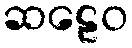
ဆဠေဝ